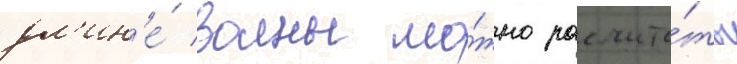
дл'ин'е́ волны мо́жно рассчита́ть